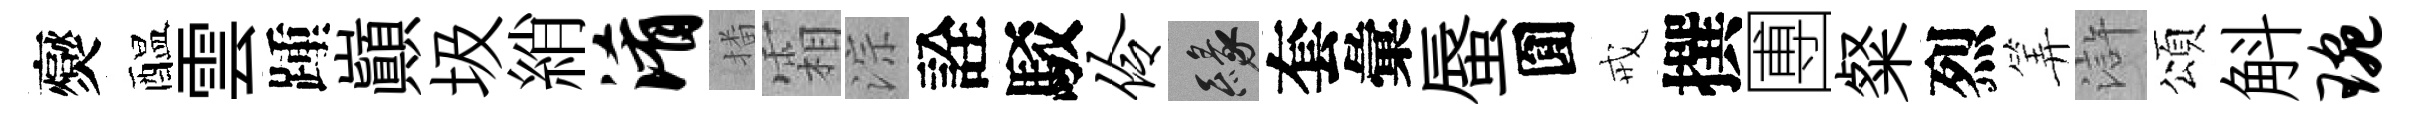
爕醖雲踵巔圾綃淆播霜淙詮駁伶緣套彙蜃圎戒撰圑粲烈筭滸頌斛琬